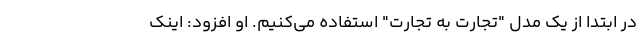
در ابتدا از یک مدل "تجارت به تجارت" استفاده می‌کنیم. او افزود: اینک